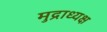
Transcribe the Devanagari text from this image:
मुद्राध्यक्ष